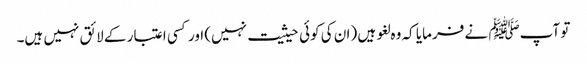
تو آپﷺ نے فرمایا کہ وہ لغو ہیں (ان کی کوئی حیثیت نہیں) اور کسی اعتبار کے لائق نہیں ہیں۔